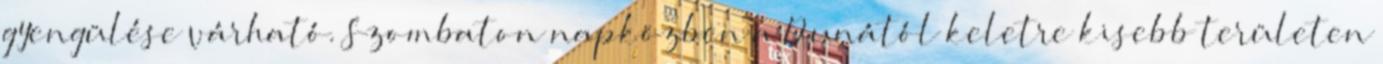
gyengülése várható. Szombaton napközben a Dunától keletre kisebb területen